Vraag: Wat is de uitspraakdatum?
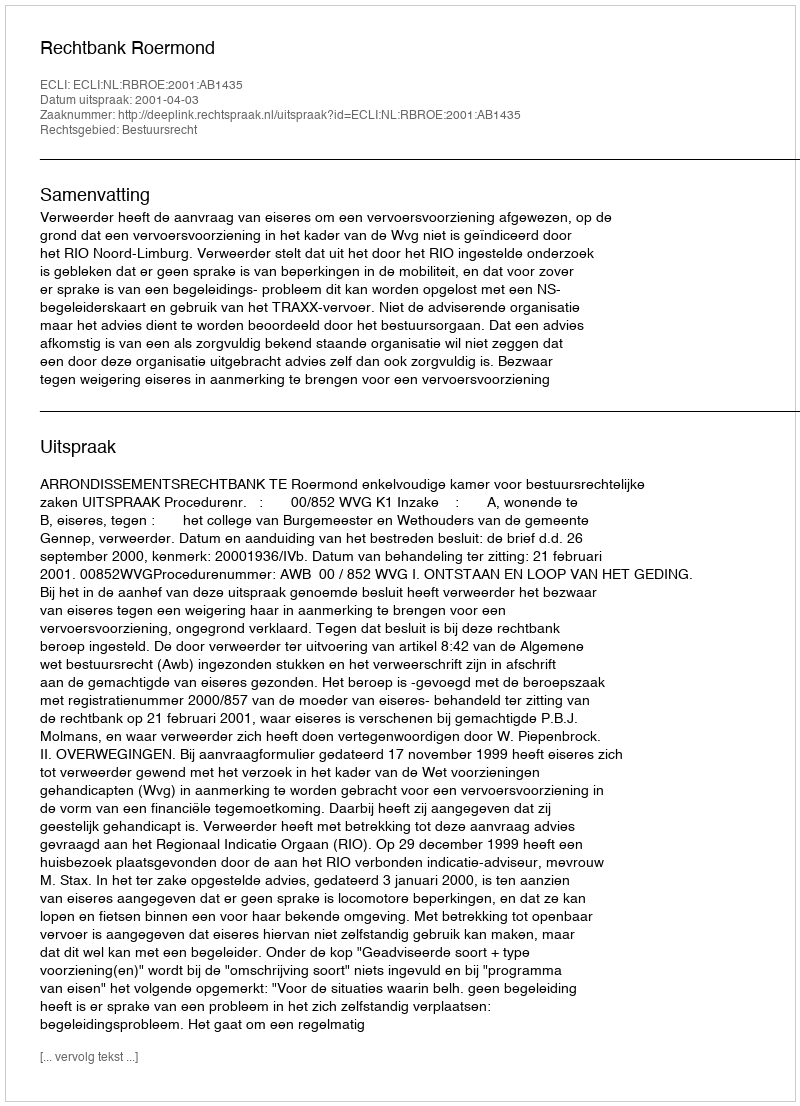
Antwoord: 2001-04-03